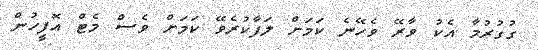
ގުގުރުމާ އެކު ވާރޭ ވެހޭނެ ކަމަށް ލަފާކުރެވޭ ކަމަށް ވެސް މެޓް އޮފީހުން